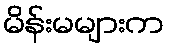
မိန်းမများက